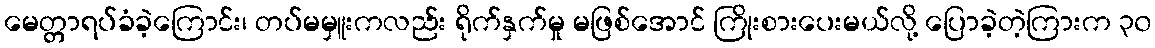
မေတ္တာရပ်ခံခဲ့ကြောင်း၊ တပ်မမှူးကလည်း ရိုက်နှက်မှု မဖြစ်အောင် ကြိုးစားပေးမယ်လို့ ပြောခဲ့တဲ့ကြားက ၃၀